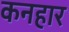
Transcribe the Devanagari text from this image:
कनहार